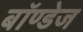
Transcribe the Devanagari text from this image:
बॉण्डेज